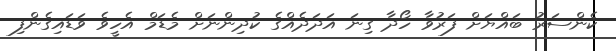
ކެންސަރު ބައްޔަށް ފަރުވާ ހޯދާ ގިނަ އަދަދެއްގެ ކުދިންނަށް މެޑަމް އެހީވެ ވަޑައިގެންފި